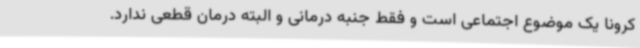
کرونا یک موضوع اجتماعی است و فقط جنبه درمانی و البته درمان قطعی ندارد.